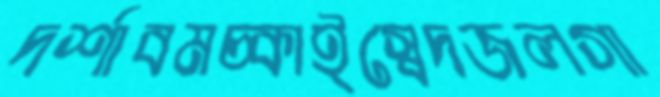
দর্শাবমচ্‌কাইস্বেদজলগা